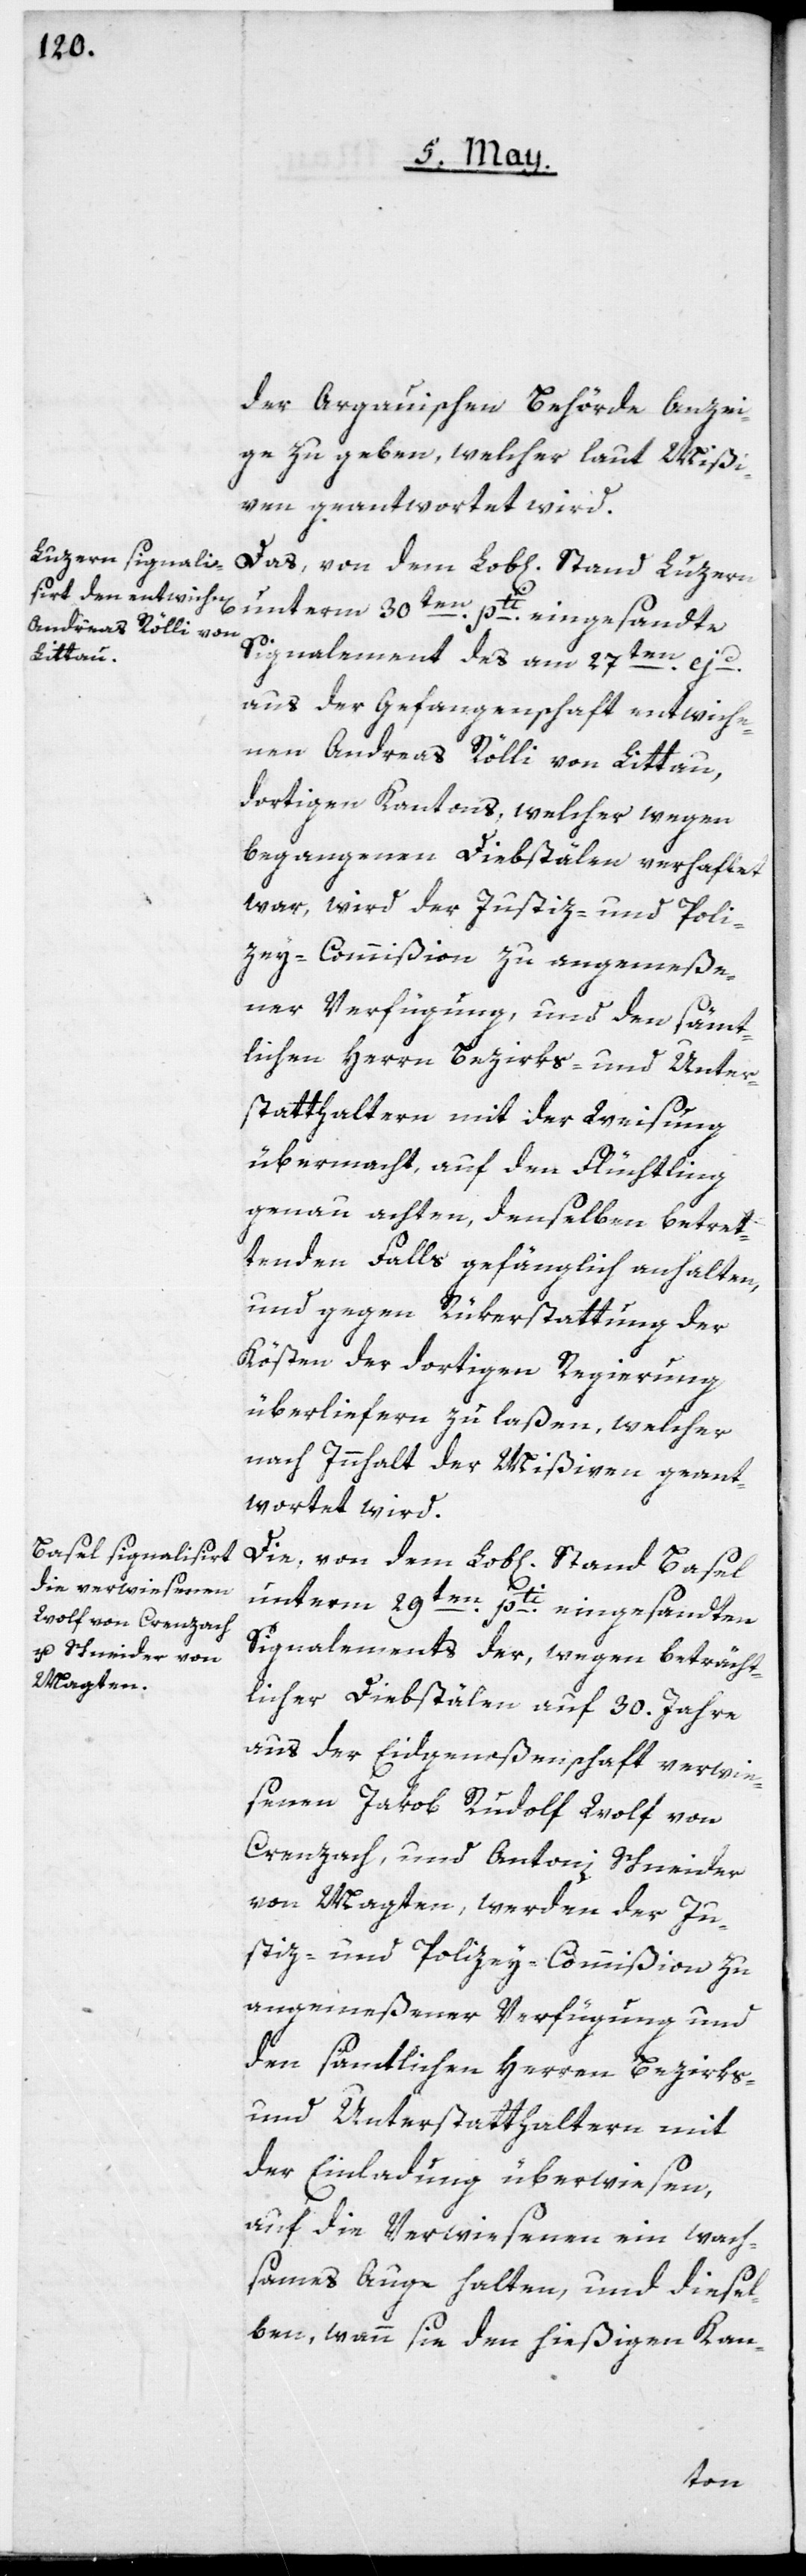
der Argauischen Behörde Anzei¬
ge zu geben, welcher laut Mißi¬
ven geantwortet wird.
Das, von dem Lob[lichen] Stand Luzern
unterm 30ten pti eingesandte
Signalement des am 27ten ejd.
aus der Gefangenschaft entwiche¬
nen Andreas Rölli von Littau,
dortigen Cantons, welcher wegen
begangenen Diebstählen verhaftet
war, wird der Justiz- und Poli¬
zey-Commißion zu angemeße¬
ner Verfügung und den sämt¬
lichen Herren Bezirks- und Unter¬
statthaltern mit der Weisung
übermacht, auf den Flüchtling
genau achten, denselben betret¬
tenden Falls gefänglich anhalten,
und gegen Rükerstattung der
Kösten der dortigen Regierung
überliefern zu laßen, welcher
nach Innhalt der Mißiven geant¬
wortet wird.
unterm 29ten pti eingesandten
Signalements der, wegen beträcht¬
licher Diebstälen auf 30. Jahre
aus der Eidgenoßenschaft verwie¬
senen Jakob Rudolf Wolf von
Crenzach, und Antoni Schneider
von Magten, werden der Ju¬
stiz- und Polizey-Commißion zu
angemeßener Verfügung und
den sämtlichen Herren Bezirks-
und Unterstatthaltern mit
der Einladung überwiesen,
auf die Verwiesenen ein wach¬
sames Auge halten, und diesel¬
ben, wenn sie den hießigen Kann-
Stand